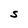
Character: S